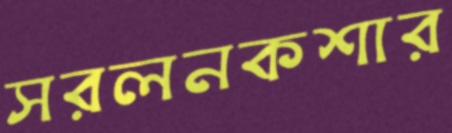
সরলনকশার